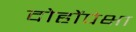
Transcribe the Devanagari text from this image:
दोहोंपेक्षा